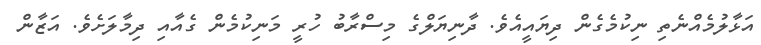
އަޅާލުމެއްނެތި ނިކުމެގެން ދިޔައީއެވެ. ދާނިޔަލްގެ މިސްރާބު ހުރީ މަނިކުމެން ގެއާއި ދިމާލަށެވެ. އަޒާން